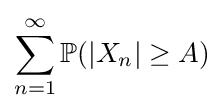
\sum _{n=1}^{\infty }\mathbb {P} (|X_{n}|\geq A)